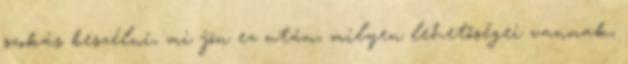
szokás beszélni, mi jön ez után, milyen lehetőségei vannak,